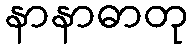
နာနာဓာတု